Regulations for the medical services of the Army of India
Year: 1930
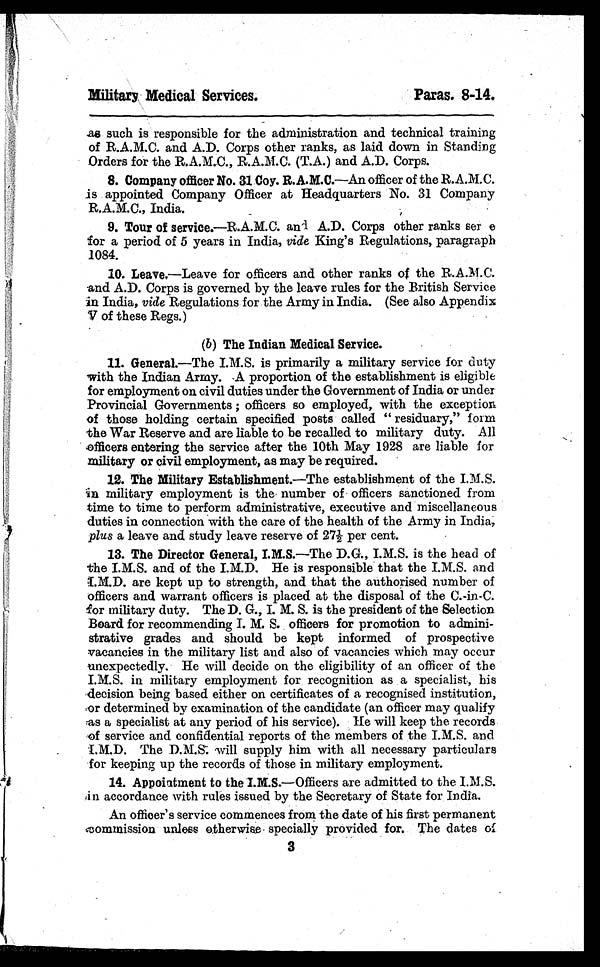
Military Medical Services.
Paras. 8-14.
as such is responsible for the administration and technical training
of R.A.M.C. and A.D. Corps other ranks, as laid down in Standing
Orders for the R.A.M.C., R.A.M.C. (T.A.) and A.D. Corps.
8. Company officer No. 31 Coy. R.A.M.C.—An officer of the R.A.M.C.
is appointed Company Officer at Headquarters No. 31 Company
R.A.M.C., India.
9. Tour of service.—R.A.M.C. and A.D. Corps other ranks ser e
for a period of 5 years in India, vide King's Regulations, paragraph
1084.
10. Leave.—Leave for officers and other ranks of the R.A.M.C.
and A.D. Corps is governed by the leave rules for the British Service
in India, vide Regulations for the Army in India. (See also Appendix
5.7 of these Regs.)
(b) The Indian Medical Service.
11. General . —The i s pr i mar i l y a mi l i t ar y ser vi ce f or dut y
with the Indian Army. -A proportion of the establishment is eligible
for employment on civil duties under the Government of India or under
Provincial Governments ; officers so employed, with the exception
of those holding certain specified posts called " residuary," form
the War Reserve and are liable to be recalled to military duty. All
officers entering the service after the 10th May 1928 are liable for
military or civil employment, as may be required.
12. The Military Establishment. —The establishment of the I.M.S.
in military employment is the number of officers sanctioned from
time to time to perform administrative, executive and miscellaneous
duties in connection with the care of the health of the Army in India,
plus a leave and study leave reserve of 271/2 per cent.
13. The Director General, I.M.S. —The D.G., I.M.S. is the head of
the I.M.S. and of the I.M.D. He is responsible that the I.M.S. and
I.M.D. are kept up to strength, and that the authorised number of
officers and warrant officers is placed at the disposal of the C.-in-C.
for military duty. The D. G., I. M. S. is the president of the Selection
Board for recommending I. M. S. officers for promotion to admini-
strative grades and should be kept informed of prospective
vacancies in the military list and also of vacancies which may occur
unexpectedly. He will decide on the eligibility of an officer of the
I.M.S. in military employment for recognition as a specialist, his
decision being based either on certificates of a recognised institution,
or determined by examination of the candidate (an officer may qualify
:as a specialist at any period of his service). He will keep the records
of service and confidential reports of the members of the I.M.S. and
I.M.D. The D.M.S. will supply him with all necessary particulars
for keeping up the records of those in military employment.
14. Appointment to the I.M.S.—Officers are admitted to the I.M.S.
in accordance with rules issued by the Secretary of State for India.
An officer's service commences from the date of his first permanent
commissions unless otherwise specially provided for. The dates of
3